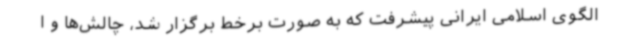
الگوی اسلامی ایرانی پیشرفت که به صورت برخط برگزار شد، چالش‌ها و ا